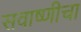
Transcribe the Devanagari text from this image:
सवाष्णीचा